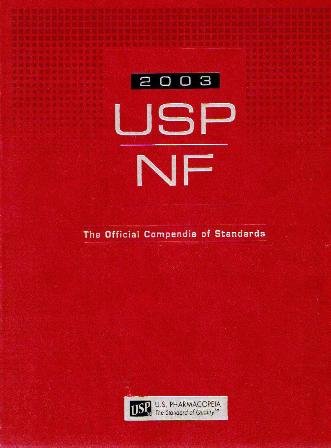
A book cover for United States Pharmacopeia-National Formulary (USP26 NF21); United States Pharmacopoeia Commission; Reference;